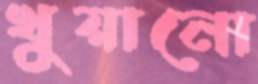
খুয়ানো